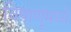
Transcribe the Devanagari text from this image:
विषाणूंमध्ये